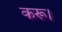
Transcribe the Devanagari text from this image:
करू।